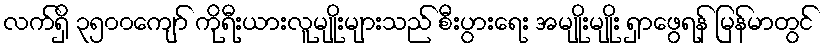
လက်ရှိ ၃၅၀၀ကျော် ကိုရီးယားလူမျိုးများသည် စီးပွားရေး အမျိုးမျိုး ရှာဖွေရန် မြန်မာတွင်